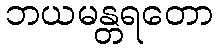
ဘယမန္တရတော